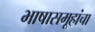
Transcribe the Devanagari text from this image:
भाषासमूहांचा